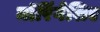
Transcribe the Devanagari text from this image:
मॉरिंगेशिए